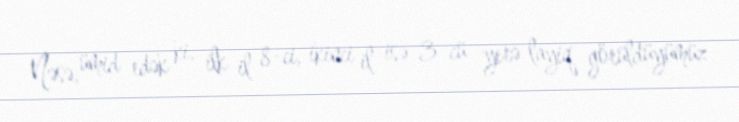
Nəsə, ümid edək ki, ilk il 8-ci, ikinci il isə 3-cü yerə layiq görüldüyümüz